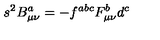
s ^ { 2 } B _ { \mu \nu } ^ { a } = - f ^ { a b c } F _ { \mu \nu } ^ { b } d ^ { c }